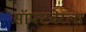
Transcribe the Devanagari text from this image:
सॉफ्टवेरला